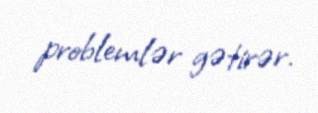
problemlər gətirər.